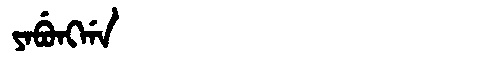
Manchu: ᠶᠠᠪᡠᠩᡤᠠ
Romanization: YABUNGGA